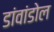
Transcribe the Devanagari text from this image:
डांवांडोल